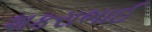
શકરાભાઈ